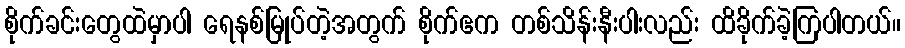
စိုက်ခင်းတွေထဲမှာပါ ရေနစ်မြုပ်တဲ့အတွက် စိုက်ဧက တစ်သိန်းနီးပါးလည်း ထိခိုက်ခဲ့ကြပါတယ်။